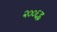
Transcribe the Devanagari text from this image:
२००६इ